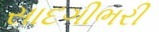
સાદગીભરી